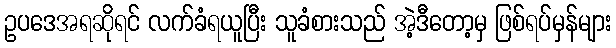
ဥပဒေအရဆိုရင် လက်ခံရယူပြီး သူခံစားသည် အဲ့ဒီတော့မှ ဖြစ်ရပ်မှန်များ